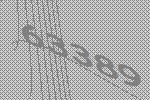
63389